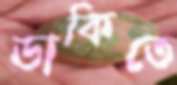
ডাকিতে